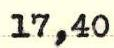
17,40